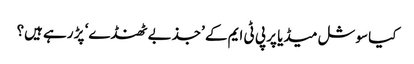
کیا سوشل میڈیا پر پی ٹی ایم کے ’جذبے ٹھنڈے‘ پڑ رہے ہیں؟